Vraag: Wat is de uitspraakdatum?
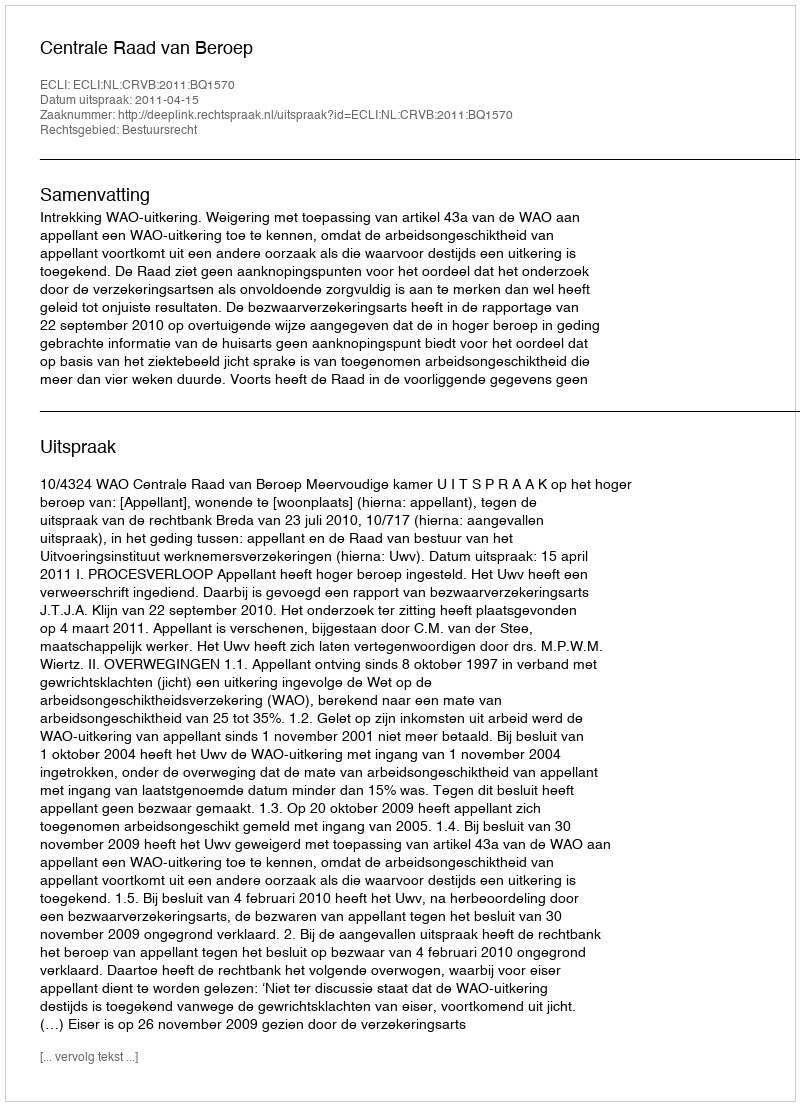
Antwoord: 2011-04-15